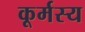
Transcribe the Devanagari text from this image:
कूर्मस्य